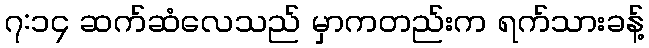
၇:၁၄ ဆက်ဆံလေသည် မှာကတည်းက ရက်သားခန့်